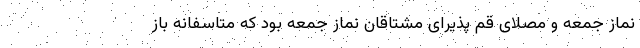
نماز جمعه و مصلای قم پذیرای مشتاقان نماز جمعه بود که متاسفانه باز